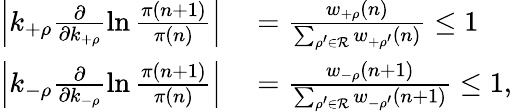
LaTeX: \begin{array}{rl}{\left|k_{+\rho}\frac{\partial}{\partial k_{+\rho}}\ln\frac{\pi(n+1)}{\pi(n)}\right|}&{{}=\frac{w_{+\rho}(n)}{\sum_{\rho^{\prime}\in\mathcal{R}}w_{+\rho^{\prime}}(n)}\le 1}\\ {\left|k_{-\rho}\frac{\partial}{\partial k_{-\rho}}\ln\frac{\pi(n+1)}{\pi(n)}\right|}&{{}=\frac{w_{-\rho}(n+1)}{\sum_{\rho^{\prime}\in\mathcal{R}}w_{-\rho^{\prime}}(n+1)}\le 1,}\end{array}